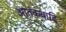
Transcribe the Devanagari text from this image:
आतंकवादि